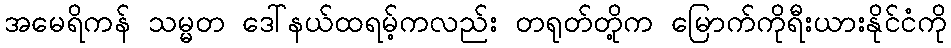
အမေရိကန် သမ္မတ ဒေါ်နယ်ထရမ့်ကလည်း တရုတ်တို့က မြောက်ကိုရီးယားနိုင်ငံကို